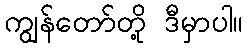
ကျွန်တော်တို့ ဒီမှာပါ။